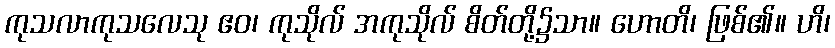
ကုသလာကုသလေသု ဧဝ၊ ကုသိုလ် အကုသိုလ် စိတ်တို့၌သာ။ ဟောတိ၊ ဖြစ်၏။ ဟိ၊